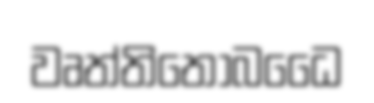
වෘත්තිතොබධෛ